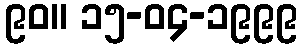
၉၀။ ၁၅-၀၄-၁၉၉၉